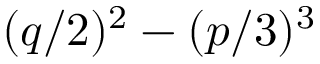
( q / 2 ) ^ { 2 } - ( p / 3 ) ^ { 3 }